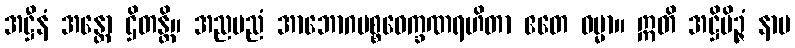
အဋ္ဌီနံ အန္တော ဌိတန္တိ။ အညမညံ အာဘောဂပစ္စဝေက္ခဏရဟိတာ ဧတေ ဓမ္မာ။ ဣတိ အဋ္ဌိမိဉ္ဇံ နာမ